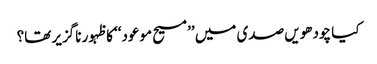
کیا چودھویں صدی میں ’’مسیح موعود‘‘ کا ظہور ناگزیر تھا؟